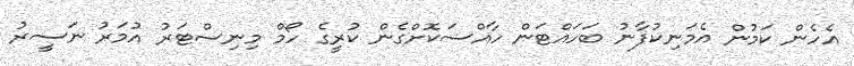
އެހެން ކަމުން އެމަނިކުފާނު ބަހައްޓަން ހާއްސަކޮށްގެން ކުރީގެ ހޯމް މިނިސްޓަރު އުމަރު ނަސީރު